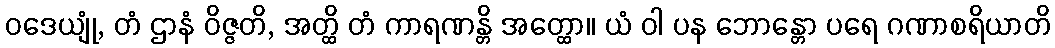
ဝဒေယျုံ, တံ ဌာနံ ဝိဇ္ဇတိ, အတ္ထိ တံ ကာရဏန္တိ အတ္ထော။ ယံ ဝါ ပန ဘောန္တော ပရေ ဂဏာစရိယာတိ